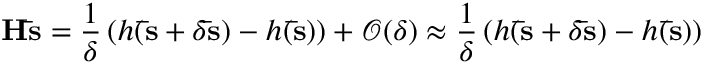
\mathbf { H \bar { s } } = \frac { 1 } { \delta } \left( h ( \mathbf { \bar { s } } + \delta \mathbf { \bar { s } } ) - h ( \mathbf { \bar { s } } ) \right) + \mathcal { O } ( \delta ) \approx \frac { 1 } { \delta } \left( h ( \mathbf { \bar { s } } + \delta \mathbf { \bar { s } } ) - h ( \mathbf { \bar { s } } ) \right)